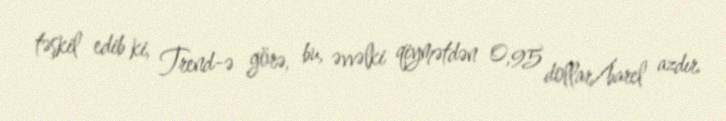
təşkil edib ki, Trend-ə görə, bu, əvvəlki qiymətdən 0,95 dollar/barel azdır.